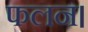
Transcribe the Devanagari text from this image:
फलन।